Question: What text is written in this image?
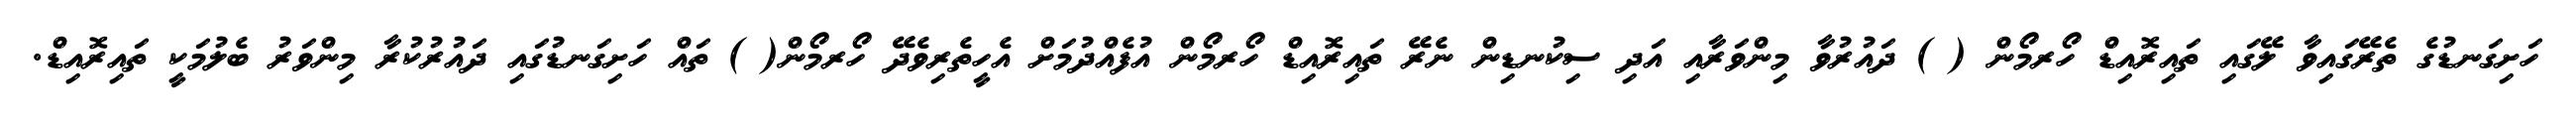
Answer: ހަށިގަނޑުގެ ތެރޭގައިވާ ލޭގައި ތައިރޮއިޑް ހޯރމޯން ( ) ދައުރުވާ މިންވަރާއި އަދި ސިކުނޑިން ނެރޭ ތައިރޮއިޑް ހޯރމޯން އުފެއްދުމަށް އެހީތެރިވެދޭ ހޯރމޯން( ) ތައް ހަށިގަނޑުގައި ދައުރުކުރާ މިންވަރު ބެލުމަކީ ތައިރޮއިޑް.